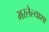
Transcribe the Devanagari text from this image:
भरलेल्याशा